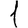
Digit: 1